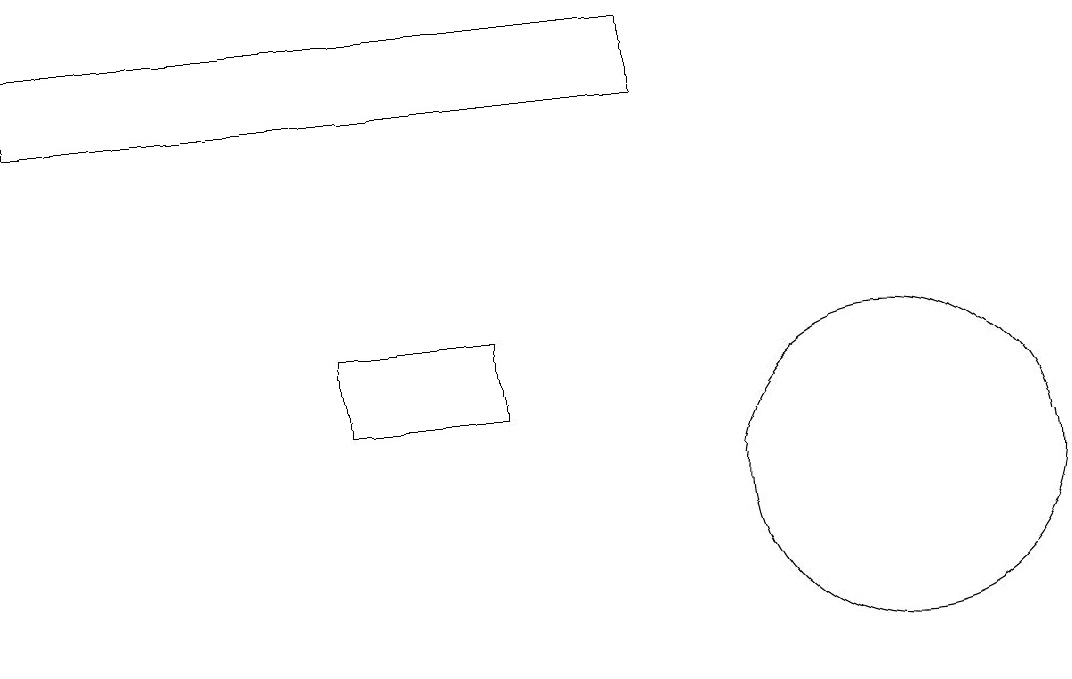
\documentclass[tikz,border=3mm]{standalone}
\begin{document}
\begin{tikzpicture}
\draw (7,12) rectangle (5,13);
\draw (12,11) circle (2);
\draw (9,16) rectangle (1,17);
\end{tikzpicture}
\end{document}